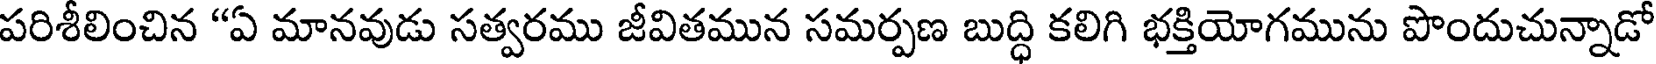
పరిశీలించిన "ఏ మానవుడు సత్వరము జీవితమున సమర్పణ బుద్ధి కలిగి భక్తియోగమును పొందుచున్నాడో